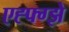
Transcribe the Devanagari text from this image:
एह्फ्ग्झे